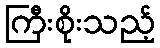
ကြီးစိုးသည့်